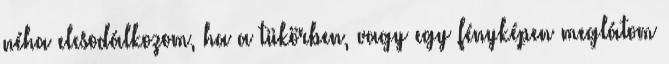
néha elcsodálkozom, ha a tükörben, vagy egy fényképen meglátom